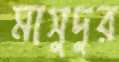
মাসুদুর